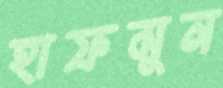
হাফমুন